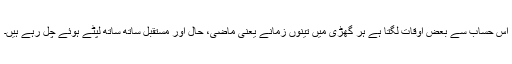
اس حساب سے بعض اوقات لگتا ہے ہر گھڑی میں تینوں زمانے یعنی ماضی، حال اور مستقبل ساتھ ساتھ لپٹے ہوئے چل رہے ہیں۔